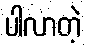
ပါလာတဲ့